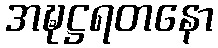
အဍ္ဎဋ္ဌရတနော